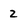
Character: 2